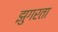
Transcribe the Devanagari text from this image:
झुगरता